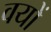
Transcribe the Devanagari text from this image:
वयों